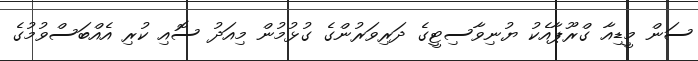
ސަން މީޑިއާ ގްރޫޕާއެކު ޔުނިވާސިޓީގެ ދަރިވަރުންގެ ގުޅުމުން މިއަދު ސޮއި ކުރި އެއްބަސްވުމުގެ